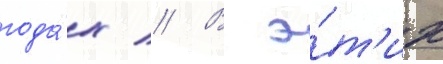
года́х // В э́т'их